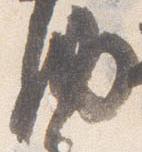
納